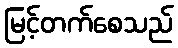
မြင့်တက်စေသည်